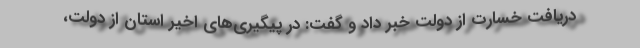
دریافت خسارت از دولت خبر داد و گفت: در پیگیری‌های اخیر استان از دولت،